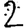
Digit: 2